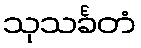
သုသင်္ခတံ